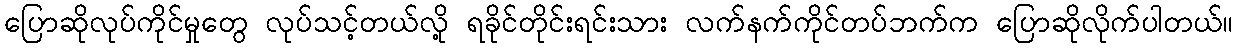
ပြောဆိုလုပ်ကိုင်မှုတွေ လုပ်သင့်တယ်လို့ ရခိုင်တိုင်းရင်းသား လက်နက်ကိုင်တပ်ဘက်က ပြောဆိုလိုက်ပါတယ်။